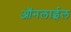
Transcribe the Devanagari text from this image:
ऑनलाईल